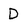
Character: D